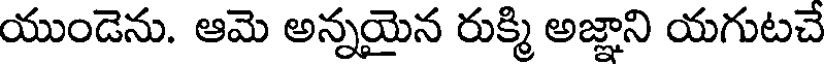
యుండెను. ఆమె అన్నయైన రుక్మి అజ్ఞాని యగుటచే